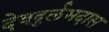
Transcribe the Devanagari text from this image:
देवदुर्लभदास